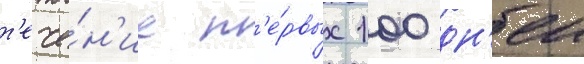
т'ече́н'ие п'е́рвых 100 дн'еи